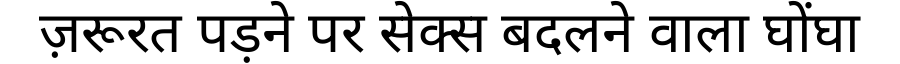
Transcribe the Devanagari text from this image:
ज़रूरत पड़ने पर सेक्स बदलने वाला घोंघा